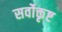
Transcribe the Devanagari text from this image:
सर्वोक्तृष्ट